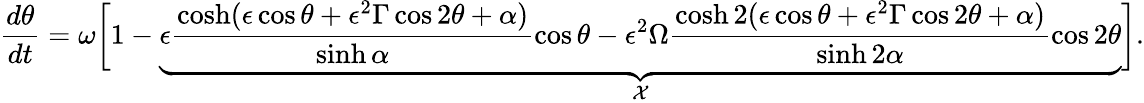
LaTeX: \frac{d\theta}{dt}=\omega\bigg[1-\underbrace{\epsilon\frac{\cosh(\epsilon\cos\theta+\epsilon^{2}\Gamma\cos 2\theta+\alpha)}{\sinh\alpha}\cos\theta-\epsilon^{2}\Omega\frac{\cosh 2(\epsilon\cos\theta+\epsilon^{2}\Gamma\cos 2\theta+\alpha)}{\sinh 2\alpha}\cos 2\theta}_{\mathcal{X}}\bigg].